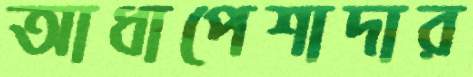
আধাপেশাদার